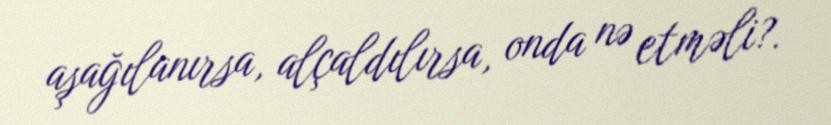
aşağılanırsa, alçaldılırsa, onda nə etməli?.